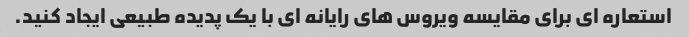
استعاره ای برای مقایسه ویروس های رایانه ای با یک پدیده طبیعی ایجاد کنید.